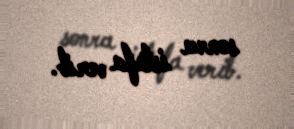
sonra istefa verib.